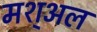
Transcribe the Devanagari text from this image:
मश्अल